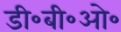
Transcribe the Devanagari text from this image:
डी॰बी॰ओ॰